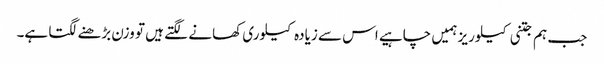
جب ہم جتنی کیلوریز ہمیں چاہیے اس سے زیادہ کیلوری کھانے لگتے ہیں تو وزن بڑھنے لگتا ہے۔